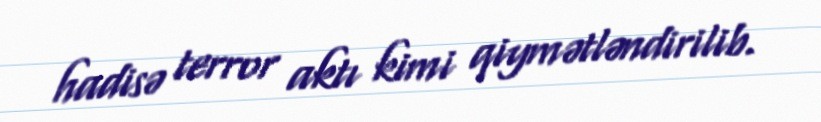
hadisə terror aktı kimi qiymətləndirilib.